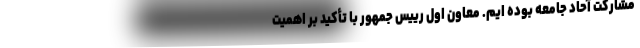
مشارکت آحاد جامعه بوده ایم. معاون اول رییس جمهور با تأکید بر اهمیت